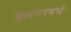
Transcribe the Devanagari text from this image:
हेलनस्बर्घ